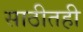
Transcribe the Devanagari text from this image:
साठीतही